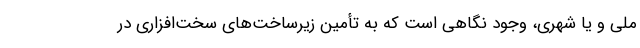
ملی و یا شهری، وجود نگاهی است که به تأمین زیرساخت‌های سخت‌افزاری در